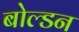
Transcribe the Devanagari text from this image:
बोल्डन